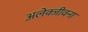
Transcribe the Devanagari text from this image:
अलेक्जीवना